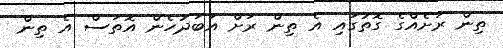
ތިން ރަށެއްގެ ގޮތުގައި އެ ތިން ރަށް އަބަދުހެން އޮތަސް އެ ތިން